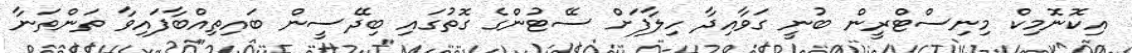
އިކޮނޮމިކް މިނިސްޓްރީން ބުނީ ގަވާއިދާ ހިލާފަށް ސޭޓުންގެ ގޮތުގައި ބިދޭސީން ބައިތިއްބާފައިވާ ތަންތަނާ